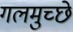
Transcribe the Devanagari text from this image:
गलमुच्छे